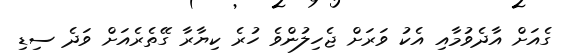
ގެއަށް އާދެވުމާއި އެކު ވަރަށް ޖެހިލުންވެ ހުރެ ކިޔާރާ ގޭތެރެއަށް ވަދެ ސިޑި